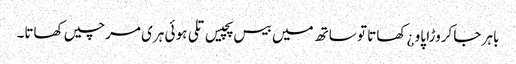
باہر جا کروڑا پاو ¿ کھاتا تو ساتھ میں بیس پچیس تلی ہو ئی ہری مرچیں کھاتا۔